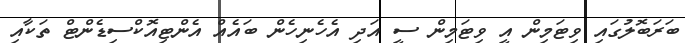
ބަރަބޮލުގައި ވިޓަމިން އީ ވިޓަމިން ސީ އަދި އެހެނިހެން ބައެއް އެންޓިއޮކްސިޑެންޓް ތަކާއި